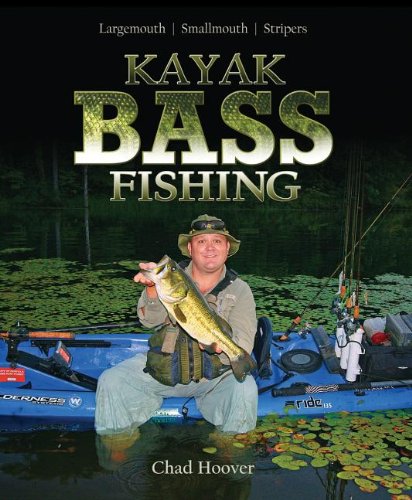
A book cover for Kayak Bass Fishing: Largemouth, Smallmouth, Stripers; Chad Hoover; Sports & Outdoors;